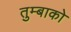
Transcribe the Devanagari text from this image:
तुम्बाको